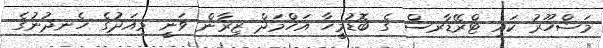
މަޝްހޫރު ކައި ޓްރޭޑާރސް ގެ ބޮޑުމީހާ އަހްމަދް ޒިރާން ވަނީ މިއަދުގެ ހެނދުނުގެ